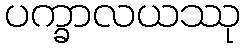
ပက္ခာလယဿု